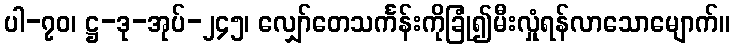
ပါ-၇၀၊ ဋ္ဌ-ဒု-အုပ်-၂၄၅၊ လျှော်တေသင်္ကန်းကိုခြုံ၍မီးလှုံရန်လာသောမျောက်။